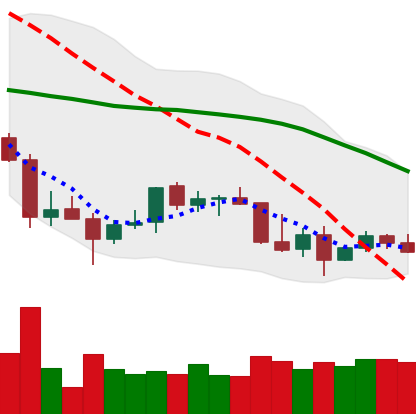
Ticker: TRX-USD
Chart end date: 2022-01-04
Forward return: -13.035%
Label: down_7plus